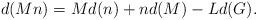
LaTeX: \begin{align*}d(Mn)=Md(n)+n d(M)-L d(G).\end{align*}